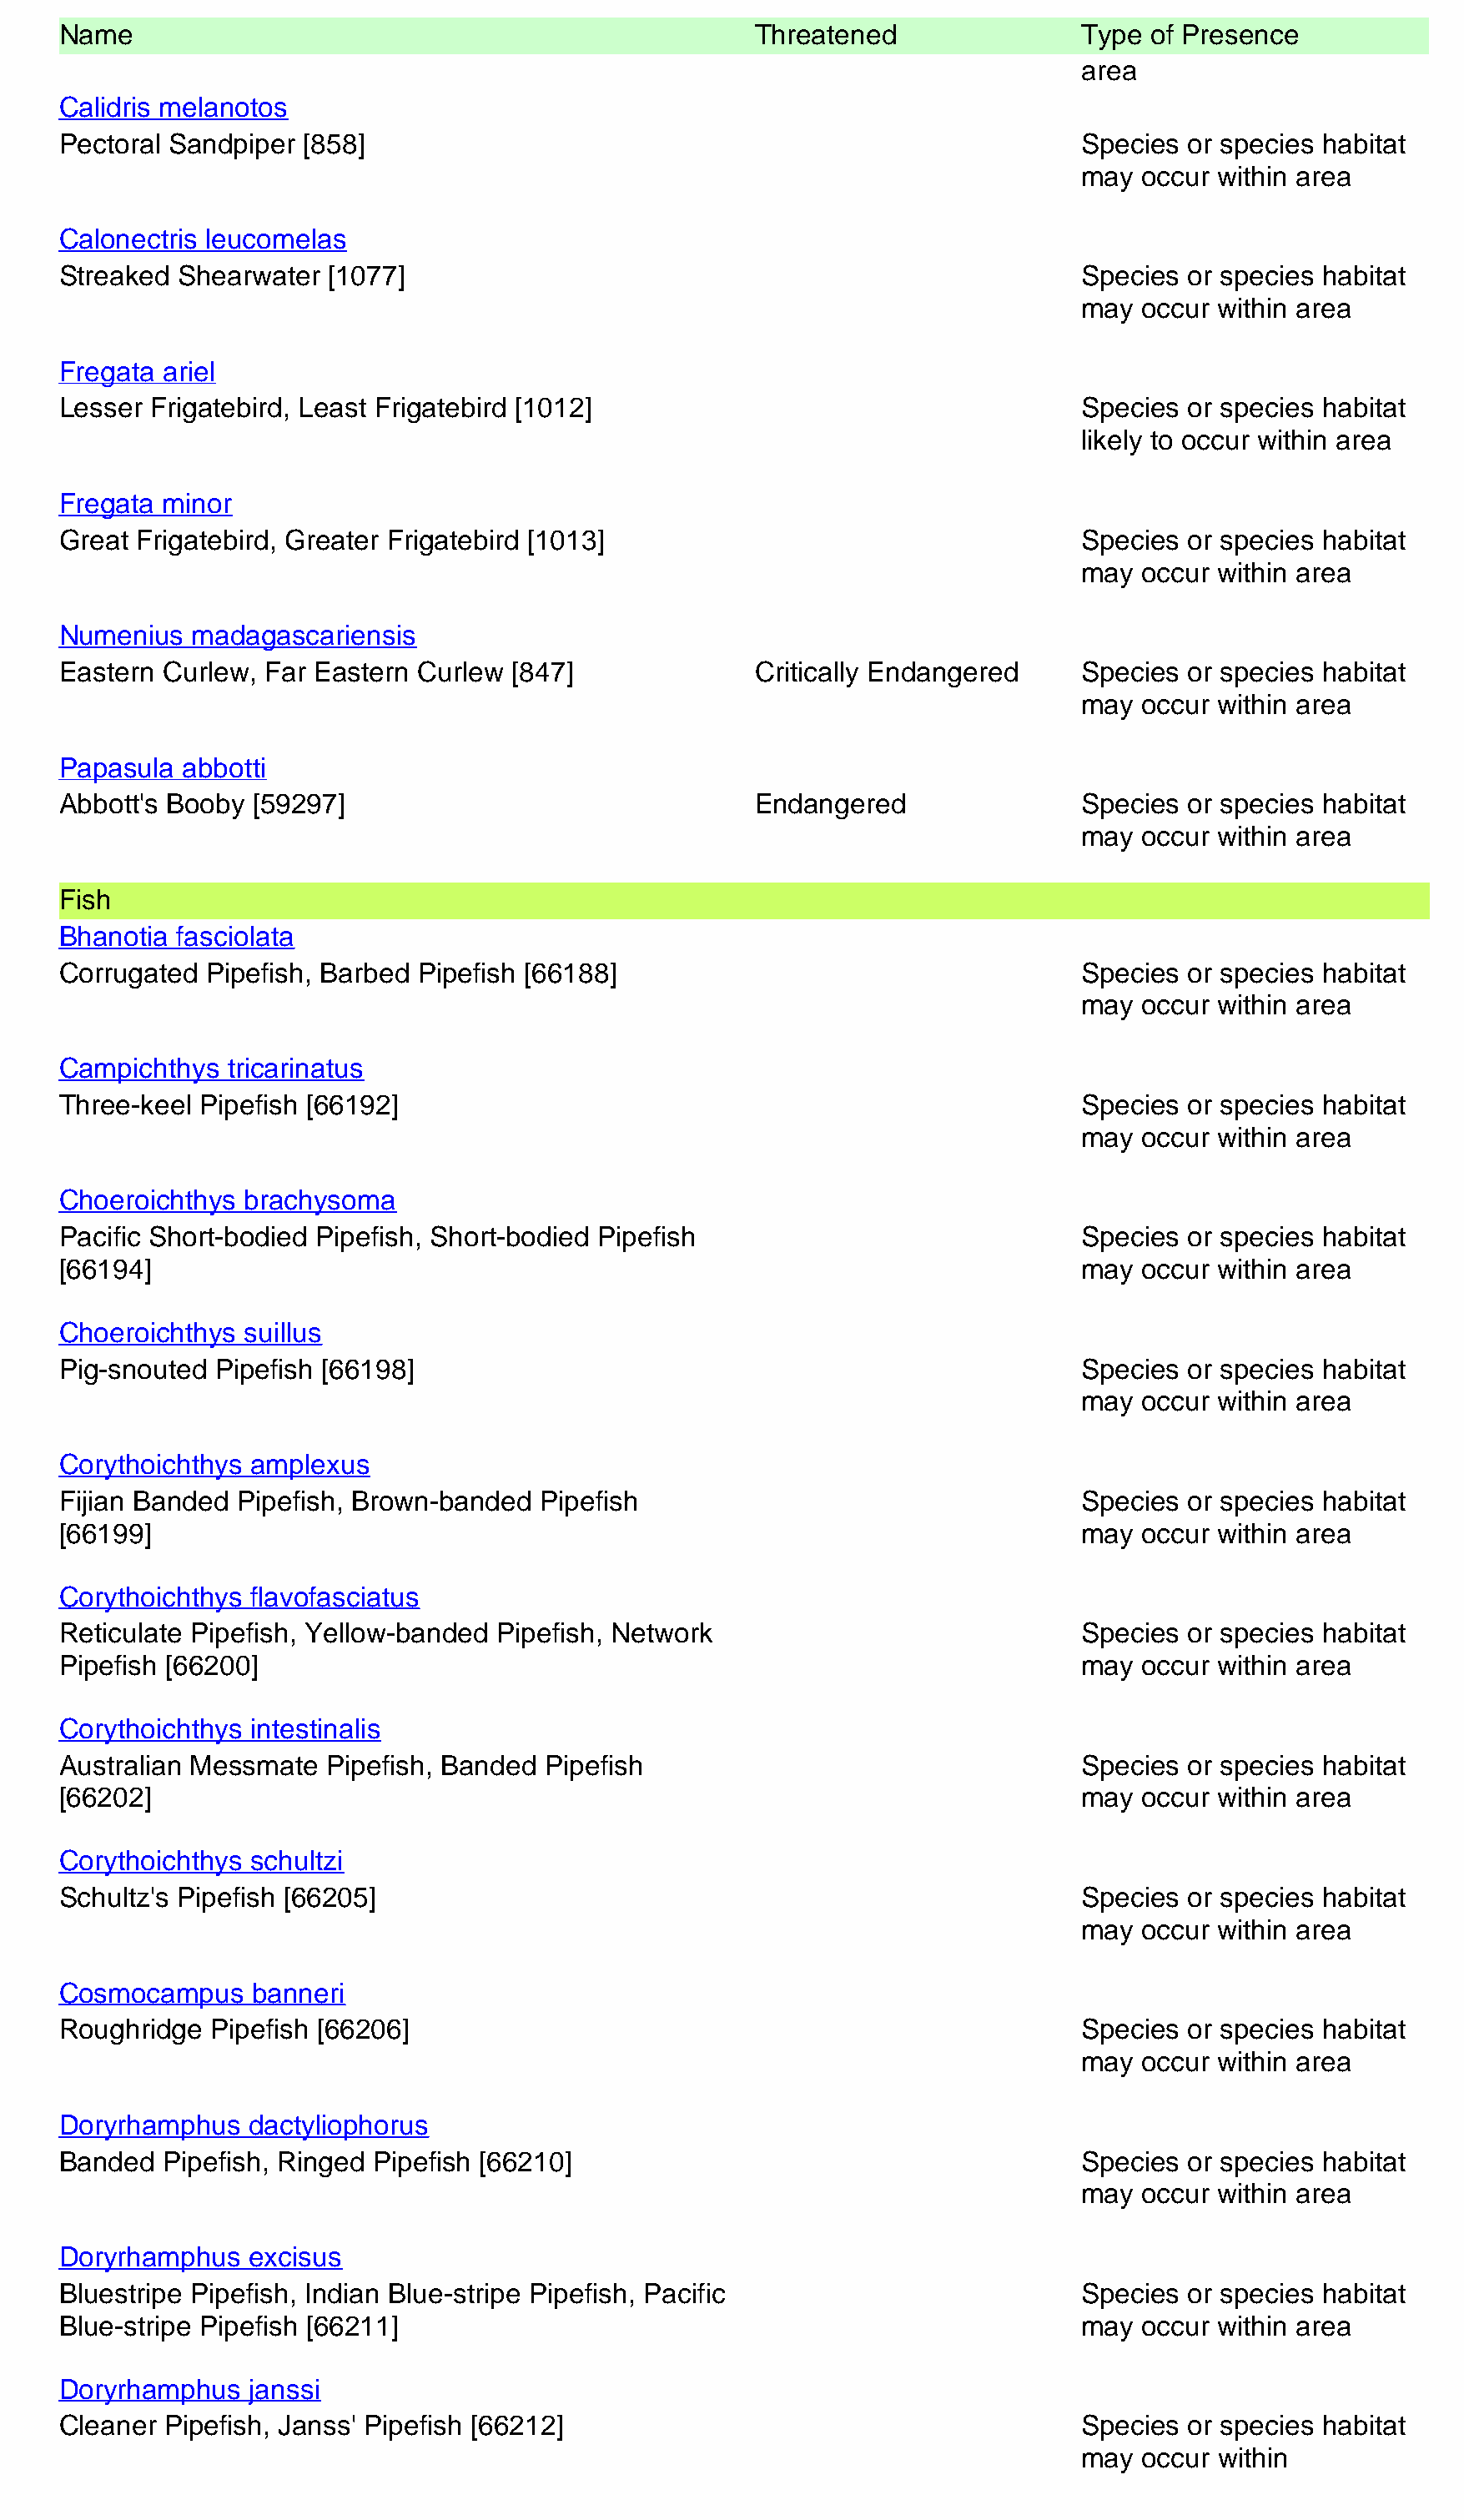
Name                                                   Threatened                Type of Presence
 area
 Calidris melanotos
 Pectoral Sandpiper [858]                                                         Species or species habitat
 may  occur within area
 Calonectris leucomelas
 Streaked Shearwater  [1077]                                                      Species or species habitat
 may  occur within area
 Fregata ariel
 Lesser Frigatebird, Least Frigatebird [1012]                                     Species or species habitat
 likely to occur within area
 Fregata minor
 Great Frigatebird, Greater Frigatebird [1013]                                    Species or species habitat
 may  occur within area
 Numenius  madagascariensis
 Eastern Curlew, Far Eastern Curlew  [847]              Critically Endangered     Species or species habitat
 may  occur within area
 Papasula  abbotti
 Abbott's Booby [59297]                                 Endangered                Species or species habitat
 may  occur within area
 Fish
 Bhanotia fasciolata
 Corrugated Pipefish, Barbed Pipefish [66188]                                     Species or species habitat
 may  occur within area
 Campichthys  tricarinatus
 Three-keel Pipefish [66192]                                                      Species or species habitat
 may  occur within area
 Choeroichthys brachysoma
 Pacific Short-bodied Pipefish, Short-bodied Pipefish                             Species or species habitat
 [66194]                                                                          may  occur within area
 Choeroichthys suillus
 Pig-snouted Pipefish [66198]                                                     Species or species habitat
 may  occur within area
 Corythoichthys amplexus
 Fijian Banded Pipefish, Brown-banded  Pipefish                                   Species or species habitat
 [66199]                                                                          may  occur within area
 Corythoichthys flavofasciatus
 Reticulate Pipefish, Yellow-banded Pipefish, Network                             Species or species habitat
 Pipefish [66200]                                                                 may  occur within area
 Corythoichthys intestinalis
 Australian Messmate  Pipefish, Banded Pipefish                                   Species or species habitat
 [66202]                                                                          may  occur within area
 Corythoichthys schultzi
 Schultz's Pipefish [66205]                                                       Species or species habitat
 may  occur within area
 Cosmocampus    banneri
 Roughridge  Pipefish [66206]                                                     Species or species habitat
 may  occur within area
 Doryrhamphus   dactyliophorus
 Banded  Pipefish, Ringed Pipefish [66210]                                        Species or species habitat
 may  occur within area
 Doryrhamphus   excisus
 Bluestripe Pipefish, Indian Blue-stripe Pipefish, Pacific                        Species or species habitat
 Blue-stripe Pipefish [66211]                                                     may  occur within area
 Doryrhamphus   janssi
 Cleaner Pipefish, Janss' Pipefish [66212]                                        Species or species habitat
 may  occur within